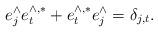
LaTeX: \begin{align*} e^\wedge_je^{\wedge,*}_t+e^{\wedge,*}_te^\wedge_j=\delta_{j,t}.\end{align*}